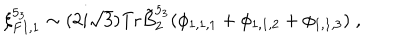
LaTeX: \xi _ { F I , 1 } ^ { 5 _ { 3 } } \sim ( 2 i \sqrt { 3 } ) \mathrm { T r } \tilde { B } _ { 2 } ^ { 5 _ { 3 } } ( \phi _ { 1 , 1 , 1 } + \phi _ { 1 , 1 , 2 } + \phi _ { 1 , 1 , 3 } ) \; ,